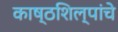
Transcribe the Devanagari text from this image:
काष्ठशिल्पांचे